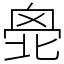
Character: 𠤣